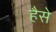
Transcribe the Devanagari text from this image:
हैसे